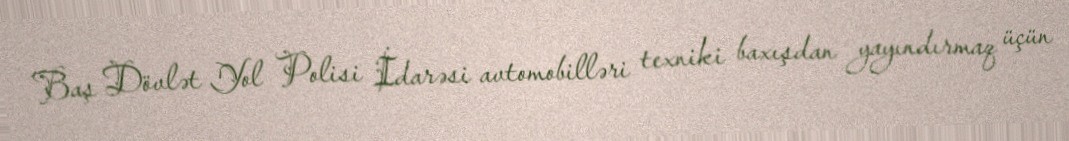
Baş Dövlət Yol Polisi İdarəsi avtomobilləri texniki baxışdan yayındırmaq üçün